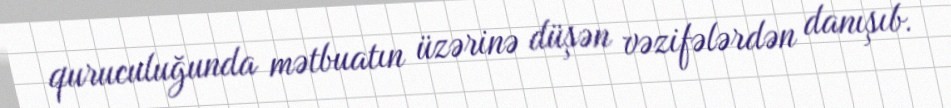
quruculuğunda mətbuatın üzərinə düşən vəzifələrdən danışıb.